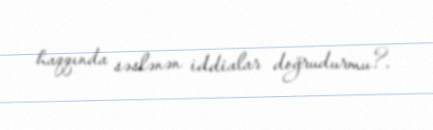
haqqında səslənən iddialar doğrudurmu?.